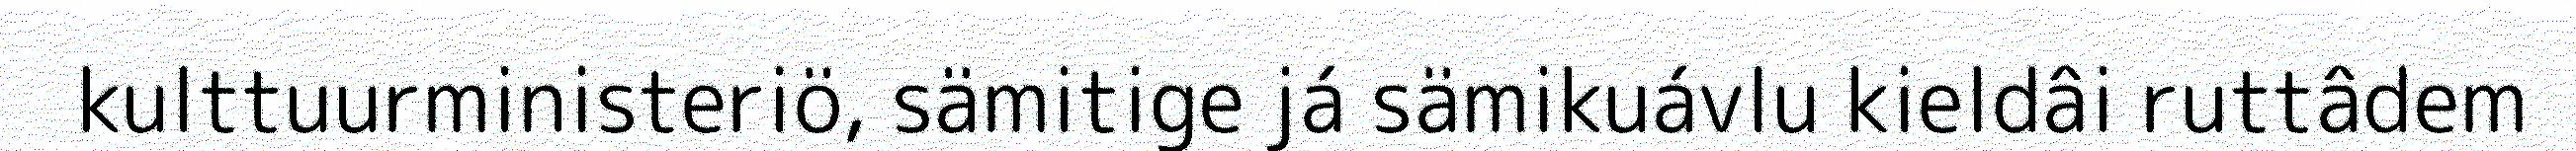
kulttuurministeriö, sämitige já sämikuávlu kieldâi ruttâdem